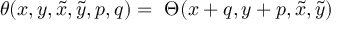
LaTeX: \theta ( x , y , \tilde { x } , \tilde { y } , p , q ) = \ \Theta ( x + q , y + p , \tilde { x } , \tilde { y } )